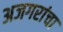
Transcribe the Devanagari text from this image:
अजगरांचा